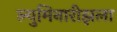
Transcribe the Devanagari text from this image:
ल्युमिनारीझला